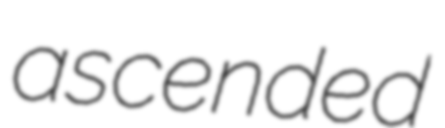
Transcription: ascended